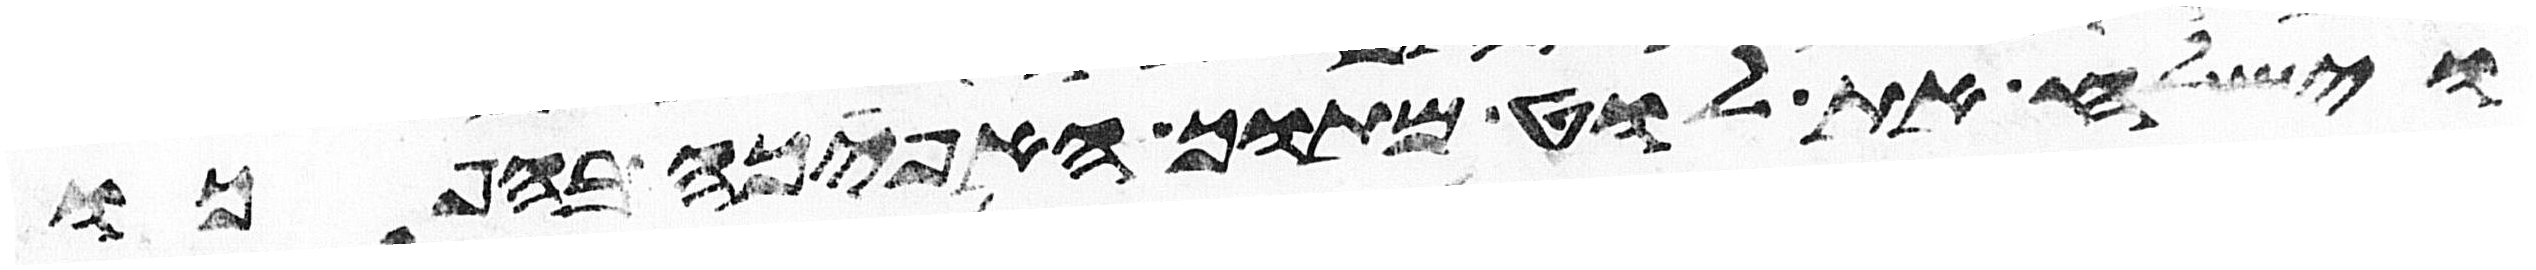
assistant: וישלח את לוט מתוך האפכה בהפכו